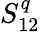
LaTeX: S_{12}^{q}